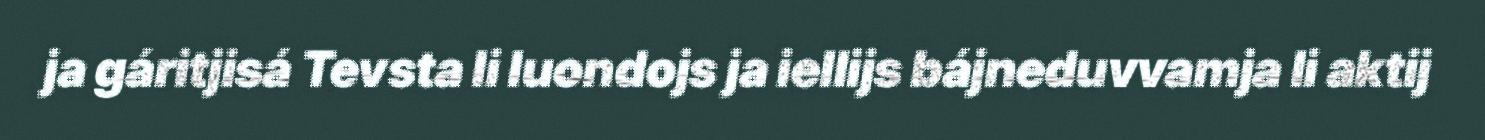
ja gáritjisá Tevsta li luondojs ja iellijs bájneduvvamja li aktij